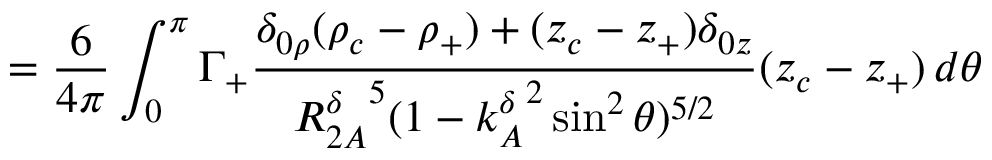
= \frac { 6 } { 4 \pi } \int _ { 0 } ^ { \pi } \Gamma _ { + } \frac { \delta _ { 0 \rho } ( \rho _ { c } - \rho _ { + } ) + ( z _ { c } - z _ { + } ) \delta _ { 0 z } } { { { R _ { 2 A } ^ { \delta } } ^ { 5 } ( 1 - { k _ { A } ^ { \delta } } ^ { 2 } \sin ^ { 2 } \theta ) ^ { 5 / 2 } } } ( z _ { c } - z _ { + } ) \, d \theta